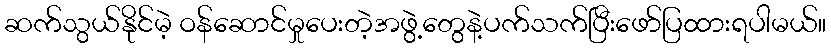
ဆက်သွယ်နိုင်မဲ့ ဝန်ဆောင်မှုပေးတဲ့အဖွဲ့တွေနဲ့ပက်သက်ပြီးဖော်ပြထားရပါမယ်။